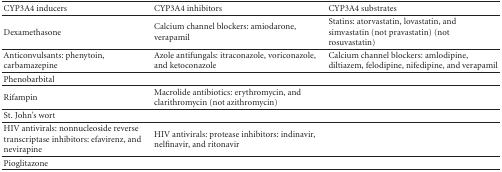
<table><thead><tr><td><b>CYP3A4 inducers</b></td><td><b>CYP3A4 inhibitors</b></td><td><b>CYP3A4 substrates</b></td></tr></thead><tbody><tr><td>Dexamethasone</td><td>Calcium channel blockers: amiodarone, verapamil</td><td>Statins: atorvastatin, lovastatin, and simvastatin (not pravastatin) (not rosuvastatin) </td></tr><tr><td>Anticonvulsants: phenytoin, carbamazepine</td><td>Azole antifungals: itraconazole, voriconazole, and ketoconazole</td><td>Calcium channel blockers: amlodipine, diltiazem, felodipine, nifedipine, and verapamil</td></tr><tr><td>Phenobarbital</td><td></td><td></td></tr><tr><td>Rifampin</td><td>Macrolide antibiotics: erythromycin, and clarithromycin (not azithromycin)</td><td></td></tr><tr><td>St. John&#x27;s wort</td><td></td><td></td></tr><tr><td>HIV antivirals: nonnucleoside reverse transcriptase inhibitors: efavirenz, and nevirapine</td><td>HIV antivirals: protease inhibitors: indinavir, nelfinavir, and ritonavir</td><td></td></tr><tr><td>Pioglitazone</td><td></td><td></td></tr></tbody></table>